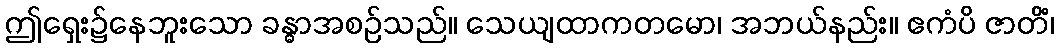
ဤရှေး၌နေဘူးသော ခန္ဓာအစဉ်သည်။ သေယျထာကတမော၊ အဘယ်နည်း။ ဧကံပိ ဇာတိံ၊